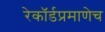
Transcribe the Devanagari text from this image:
रेकॉर्डप्रमाणेच